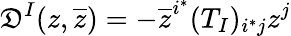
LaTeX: \mathfrak{D}^{I}(z,\overline{{{z}}})=-\overline{{{z}}}^{i^{*}}(T_{I})_{i^{*}j}z^{j}